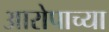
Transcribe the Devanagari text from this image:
आरोपाच्या